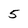
Character: 5